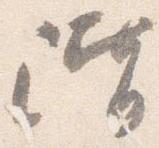
階